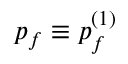
p _ { f } \equiv p _ { f } ^ { ( 1 ) }